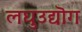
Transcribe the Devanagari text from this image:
लघुउद्यॊग